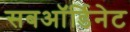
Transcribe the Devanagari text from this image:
सबऑर्डिनेट